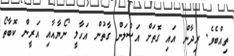
ތިއްބެވެ. ރިދާން އައި ގޮތަށް އަސްލަން ގާތުން އަހާލީ ނޯޔާއާއި އަރީން ކޮބާތޯ